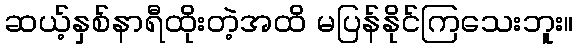
ဆယ့်နှစ်နာရီထိုးတဲ့အထိ မပြန်နိုင်ကြသေးဘူး။